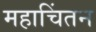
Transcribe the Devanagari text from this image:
महाचिंतन